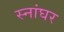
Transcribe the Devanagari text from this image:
स्नांघर